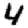
Digit: 4